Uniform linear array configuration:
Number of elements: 24
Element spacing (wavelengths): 0.25
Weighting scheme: uniform
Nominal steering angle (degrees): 0
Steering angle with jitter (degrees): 0.5462
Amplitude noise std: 0.05
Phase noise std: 0.05

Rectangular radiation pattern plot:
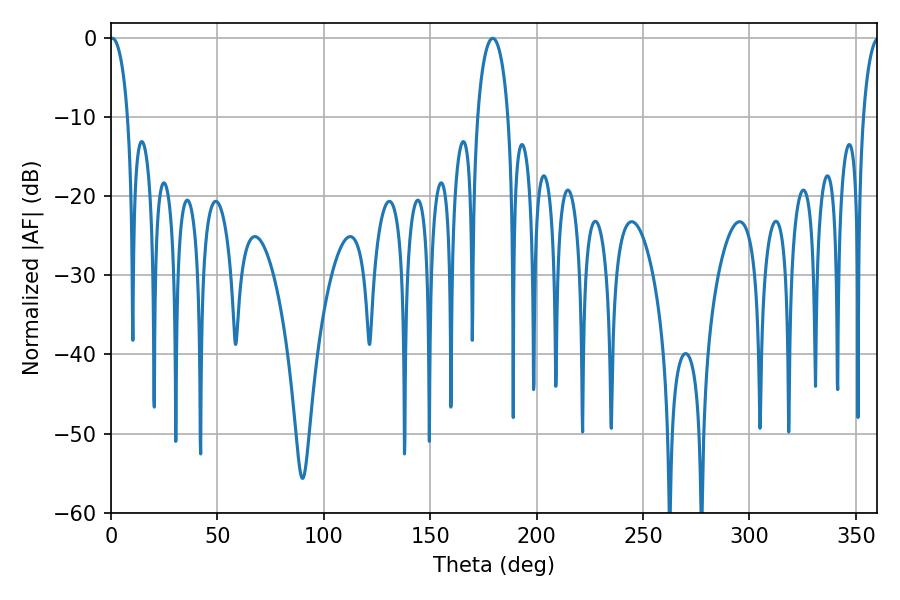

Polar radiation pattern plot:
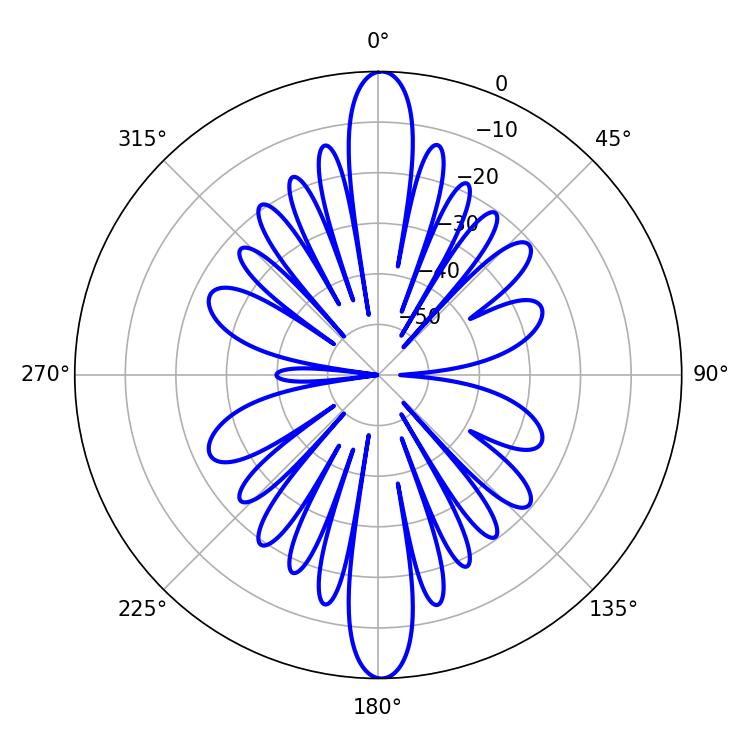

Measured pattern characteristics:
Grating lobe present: FALSE
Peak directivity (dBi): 27.538
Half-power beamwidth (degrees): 8.46
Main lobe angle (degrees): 179.28